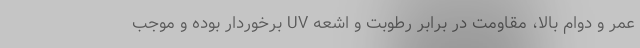
عمر و دوام بالا، مقاومت در برابر رطوبت و اشعه UV برخوردار بوده و موجب